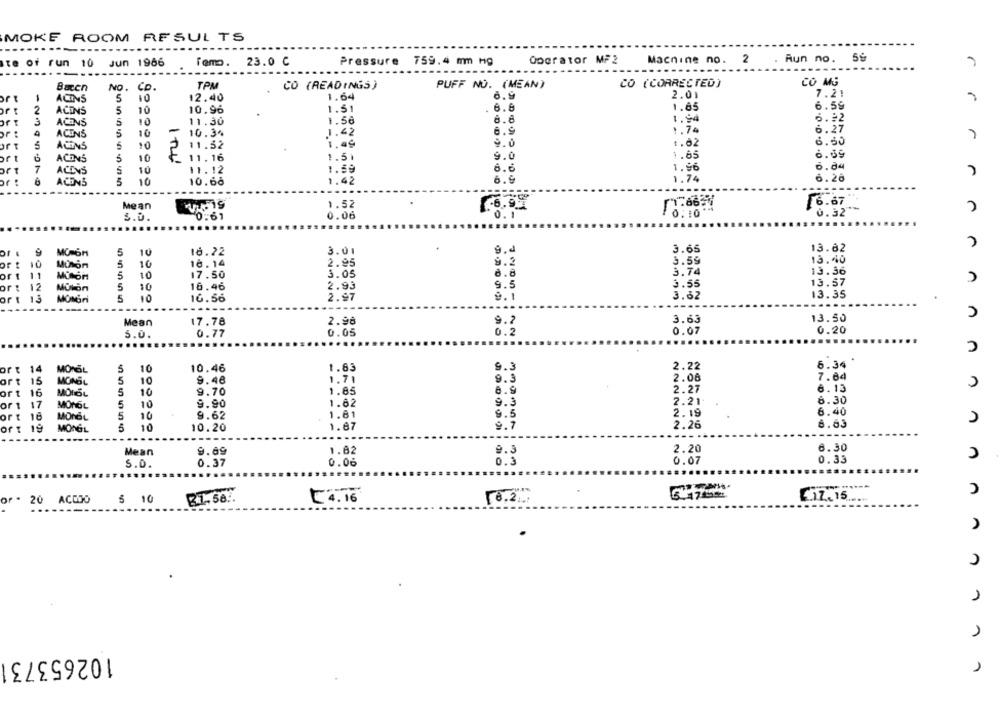
MOKE ROOM RESULTS
2
5€
te of run 10
Jun 1966
Femo
23.0 C
Pressure 759.4 mm Hg
Operator MF2
Machine no.
Aun no.
r
Bacen
NO.
TPM
CO (READINGS)
PUFF NO. (MEAN)
CO (CORRECTED)
CO MG
Co.
2.01
7.21
ACINS
5
10
12.40
1.64
1.51
. 6.8
1.65
6.59
2
ACENS
5
10
10.96
ACENS
5
10
11.30
1.56
1.94
6.92
6.9
1.74
6.27
4
ACENS
5
10
-
10.3%
1.42
11.52
1.49
9.0
1.02
6.60
ACINS
,0
ort
ACINS
10
11,16
1.51
9.0
1.65
6.69
6.84
art
7
ACCVS
10
11.12
1.89
6.6
1.96
6.9
1.74
6.26
or !
ACONS
10
10.60
1.42
Mean
1.52
6.67
0-61
0.06
0.1
0.32
S.D.
of . 9
5
10
16.22
3.01
9.4
3.65
13.82
MO GH
ort 10
MUton
5
10
18. 14
2.95
9.2
3.59
13.40
3.74
13.36
ort 11
5
10
17.50
3.05
6.8
or: 12
Motion
10
16.46
2.93
9.5
3.55
13.57
n
3.62
13.35
ort 13
5
10
16.56
2.97
9.1
....
Mean
17.78
2.98
9.7
3.63
13.50
0.07
0.20
5.0.
0.77
0.05
0.2
10
1.83
9.3
2.22
6.34
ort 14
MONŐL
5
10.46
ort 15
MONOL
5
10
9.46
1.71
9.3
2.08
7.64
6.13
n
ort 16
MOIOL
5
10
9.70
1.85
0.9
2.27
2.21.
8.30
ort
17
MONOL
5
10
9.90
1.62
9.3
ort
16
MONBL
5
10
9.62
1.61
9.5
2.19
6.40
2.26
6.63
off
19
MONOL
5
10
10.20
1.67
9.7
Mean
9.69
1.82
9.3
2.20
6.30
0.3
0.07
0.33
S.O.
0.37
0.06
or . 20 ACODO
5 10
£1Z.15
A
1
102653731